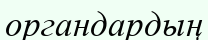
органдардың